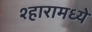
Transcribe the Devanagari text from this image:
श्हारामध्ये